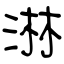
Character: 淋